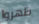
ظهروا